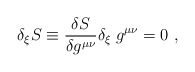
\begin{align*}\delta_{\xi} S\equiv {\delta S \over \delta g^{\mu\nu}}\delta_{\xi}\;g^{\mu\nu}= 0 \ ,\end{align*}